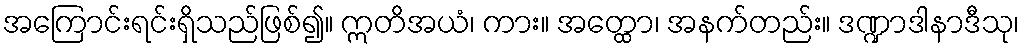
အကြောင်းရင်းရှိသည်ဖြစ်၍။ ဣတိအယံ၊ ကား။ အတ္ထော၊ အနက်တည်း။ ဒဏ္ဍာဒါနာဒီသု၊